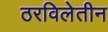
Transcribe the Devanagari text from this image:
ठरविलेतीन